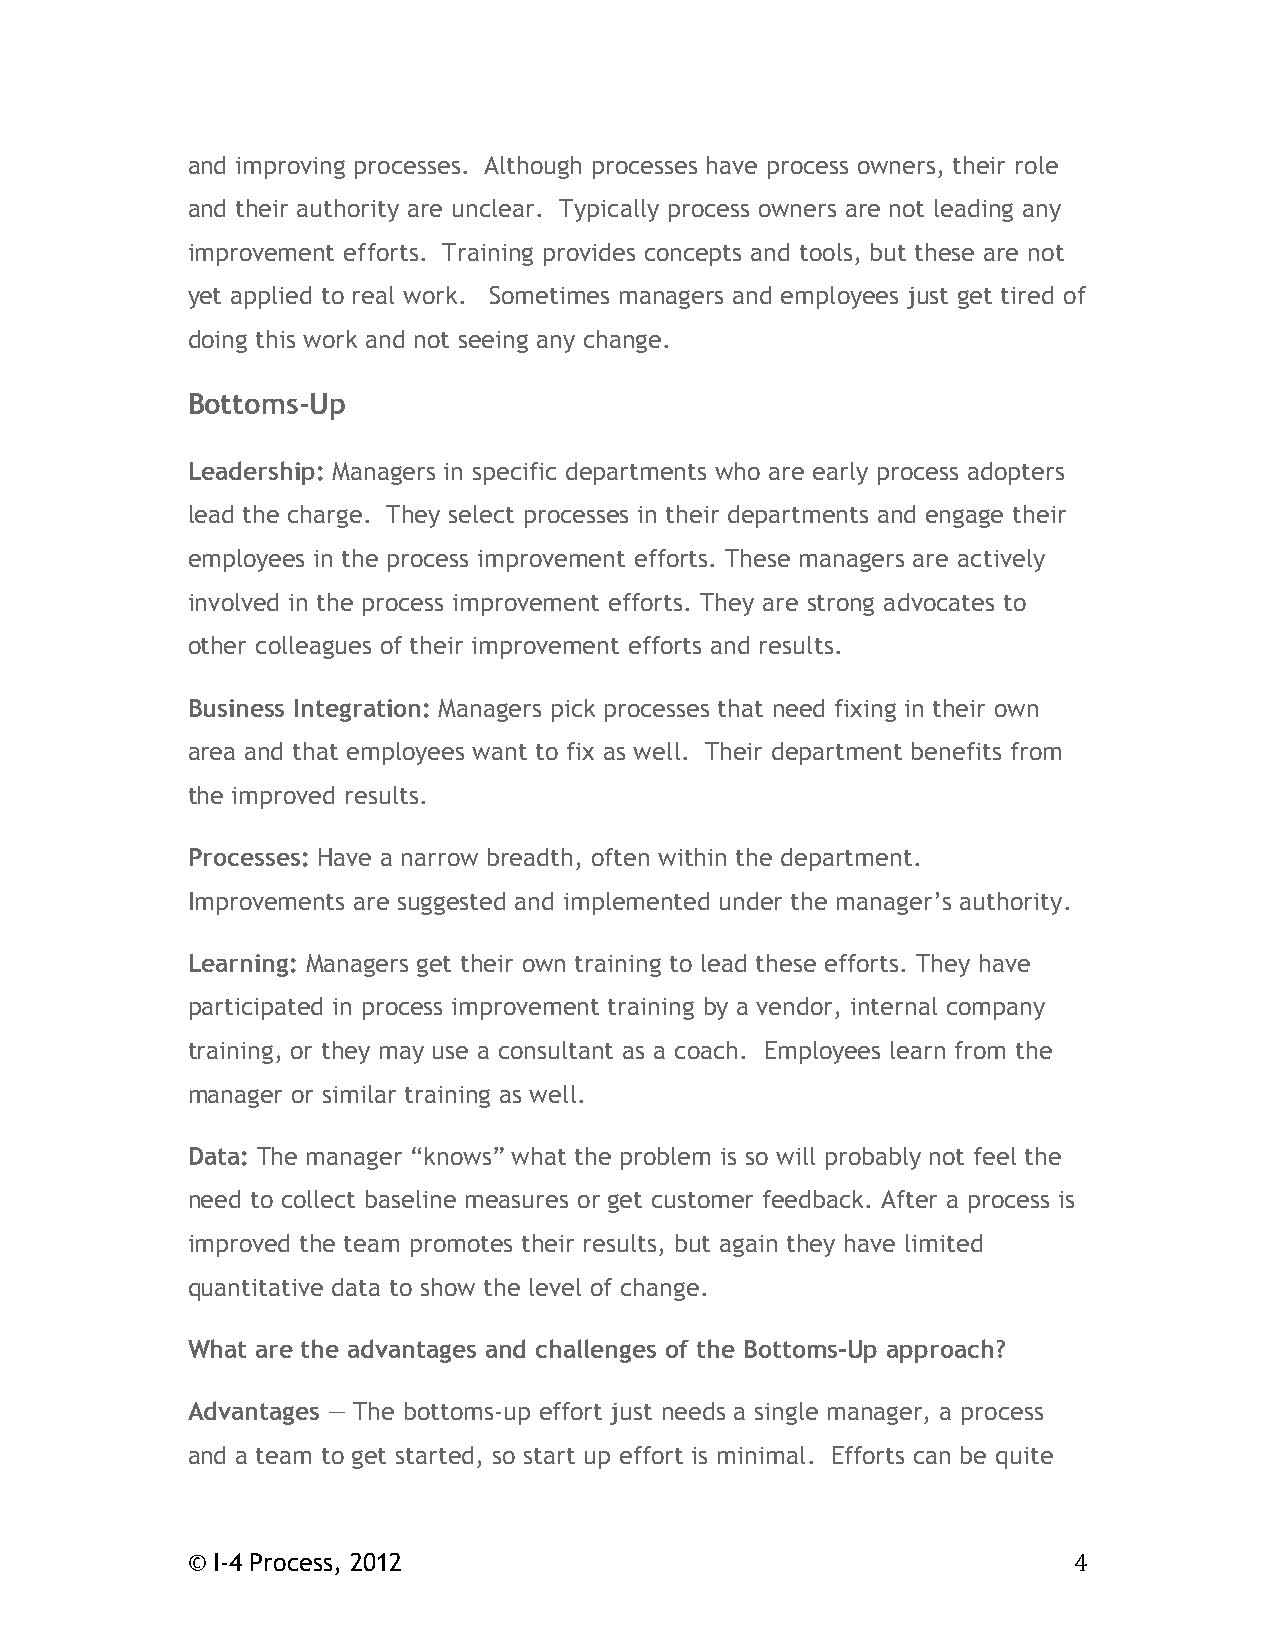
and improving processes. Although processes have process owners, their role
 and their authority are unclear. Typically process owners are not leading any
 improvement efforts. Training provides concepts and tools, but these are not
 yet applied to real work. Sometimes managers and employees just get tired of
 doing this work and not seeing any change.
 Bottoms-Up
 Leadership: Managers in specific departments who are early process adopters
 lead the charge. They select processes in their departments and engage their
 employees in the process improvement efforts. These managers are actively
 involved in the process improvement efforts. They are strong advocates to
 other colleagues of their improvement efforts and results.
 Business Integration: Managers pick processes that need fixing in their own
 area and that employees want to fix as well. Their department benefits from
 the improved results.
 Processes: Have a narrow breadth, often within the department.
 Improvements are suggested and implemented under the manager’s authority.
 Learning: Managers get their own training to lead these efforts. They have
 participated in process improvement training by a vendor, internal company
 training, or they may use a consultant as a coach. Employees learn from the
 manager or similar training as well.
 Data: The manager “knows” what the problem is so will probably not feel the
 need to collect baseline measures or get customer feedback. After a process is
 improved the team promotes their results, but again they have limited
 quantitative data to show the level of change.
 What are the advantages and challenges of the Bottoms-Up approach?
 Advantages — The bottoms-up effort just needs a single manager, a process
 and a team to get started, so start up effort is minimal. Efforts can be quite
 © I-4 Process, 2012                                        4